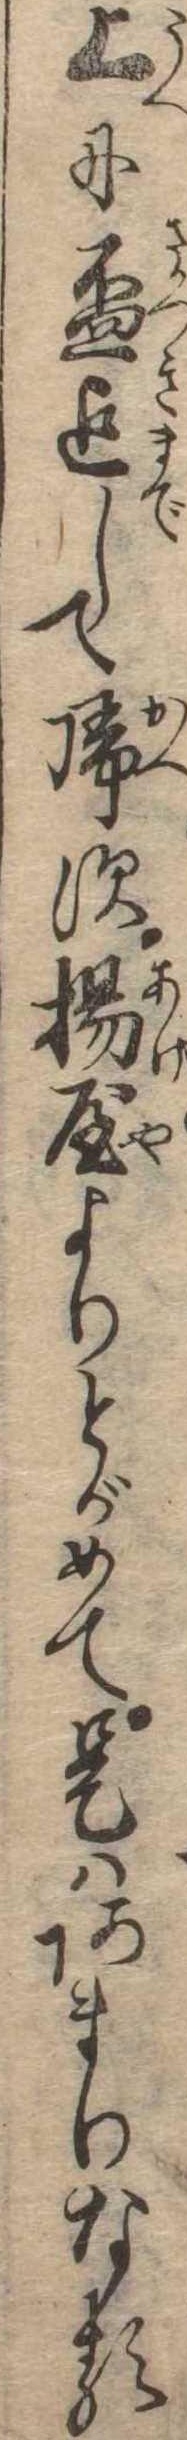
上に杯迄して帰す揚屋よりとがめて是はあまりなる